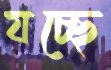
যচ্ছে